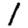
Digit: 1